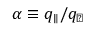
\alpha \equiv q _ { \parallel } / q _ { \perp }